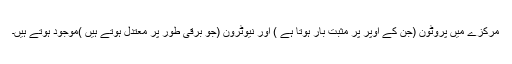
مرکزے میں پروٹون (جن کے اوپر پر مثبت بار ہوتا ہے ) اور نیوٹرون (جو برقی طور پر معتدل ہوتے ہیں )موجود ہوتے ہیں۔